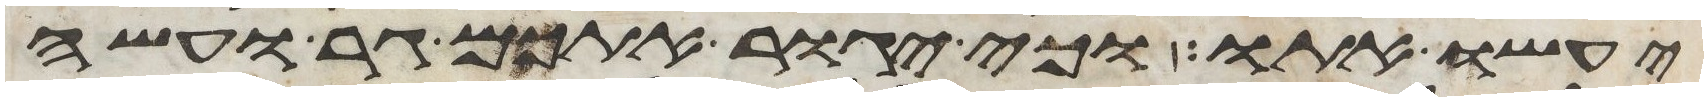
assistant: יעשו אתו וכי יגור אתכם גר ועשה